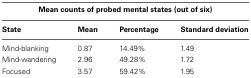
<table><thead><tr><td colspan="4"><b>Mean counts of probed mental states (out of six)</b></td></tr><tr><td><b>State</b></td><td><b>Mean</b></td><td><b>Percentage</b></td><td><b>Standard deviation</b></td></tr></thead><tbody><tr><td>Mind-blanking</td><td>0.87</td><td>14.49%</td><td>1.49</td></tr><tr><td>Mind-wandering</td><td>2.96</td><td>49.28%</td><td>1.72</td></tr><tr><td>Focused</td><td>3.57</td><td>59.42%</td><td>1.95</td></tr></tbody></table>